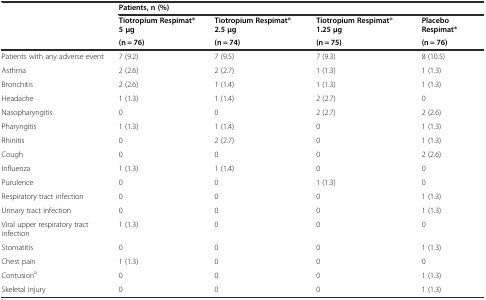
|  | <COLSPAN=4> Patients, n (%) |
 | <ROWSPAN=2>  | Tiotropium Respimat®5 μg | Tiotropium Respimat®2.5 μg | Tiotropium Respimat®1.25 μg | Placebo Respimat® |
 | (n = 76) | (n = 74) | (n = 75) | (n = 76) |
 | --- | --- | --- | --- | --- |
 | Patients with any adverse event | 7 (9.2) | 7 (9.5) | 7 (9.3) | 8 (10.5) |
 | Asthma | 2 (2.6) | 2 (2.7) | 1 (1.3) | 1 (1.3) |
 | Bronchitis | 2 (2.6) | 1 (1.4) | 1 (1.3) | 1 (1.3) |
 | Headache | 1 (1.3) | 1 (1.4) | 2 (2.7) | 0 |
 | Nasopharyngitis | 0 | 0 | 2 (2.7) | 2 (2.6) |
 | Pharyngitis | 1 (1.3) | 1 (1.4) | 0 | 1 (1.3) |
 | Rhinitis | 0 | 2 (2.7) | 0 | 1 (1.3) |
 | Cough | 0 | 0 | 0 | 2 (2.6) |
 | Influenza | 1 (1.3) | 1 (1.4) | 0 | 0 |
 | Purulence | 0 | 0 | 1 (1.3) | 0 |
 | Respiratory tract infection | 0 | 0 | 0 | 1 (1.3) |
 | Urinary tract infection | 0 | 0 | 0 | 1 (1.3) |
 | Viral upper respiratory tract infection | 1 (1.3) | 0 | 0 | 0 |
 | Stomatitis | 0 | 0 | 0 | 1 (1.3) |
 | Chest pain | 1 (1.3) | 0 | 0 | 0 |
 | Contusiona | 0 | 0 | 0 | 1 (1.3) |
 | Skeletal injury | 0 | 0 | 0 | 1 (1.3) |